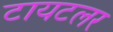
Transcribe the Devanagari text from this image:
टायटलर